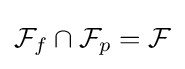
{\mathcal {F}}_{f}\cap {\mathcal {F}}_{p}={\mathcal {F}}